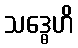
သဒ္ဓေဟိ